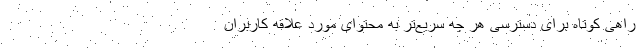
راهی کوتاه برای دسترسی هر چه سریع‌تر به محتوای مورد علاقه کاربران